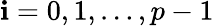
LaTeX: \mathbf{i}=0,1,\ldots,p-1